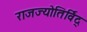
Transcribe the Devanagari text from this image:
राजज्योतिर्विद्